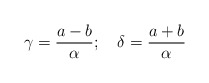
\begin{align*}\gamma=\frac{a-b}{\alpha}; \quad\delta=\frac{a+b}{\alpha}\end{align*}